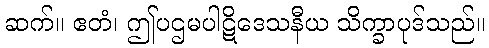
ဆက်။ ဧတံ၊ ဤပဌမပါဋိဒေသနီယ သိက္ခာပုဒ်သည်။